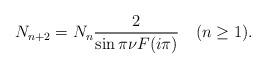
LaTeX: \begin{align*}N_{n+2}=N_{n}\frac{2}{\sin \pi \nu F(i\pi )}\quad (n\geq 1). \end{align*}